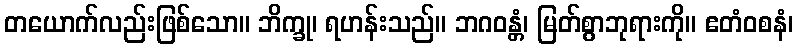
တယောက်လည်းဖြစ်သော။ ဘိက္ခု၊ ရဟန်းသည်။ ဘဂဝန္တံ၊ မြတ်စွာဘုရားကို။ ဧတံဝစနံ၊